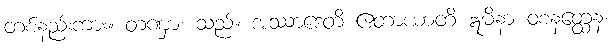
တစ်နည်းကား။ တဏှာ၊ သည်။ အဿာဒေတိ ဧတာယာတိ ဣမိနာ ဝစနတ္ထေန၊